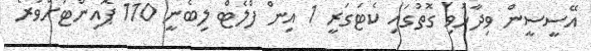
އޭސީސީން ވިދާޅުވި ގޮތުގައި ކެޓަގަރީ 1 އިން ފްލެޓް ލިބެނީ 110 ޕޮއިންޓަށްވުރެ